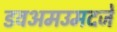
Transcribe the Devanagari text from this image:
डवअमउमदजे